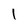
Character: 1